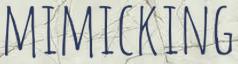
mimicking